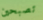
تصبحين